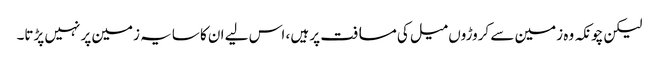
لیکن چونکہ وہ زمین سے کروڑوں میل کی مسافت پر ہیں ، اس لیے ان کا سایہ زمین پر نہیں پڑتا۔